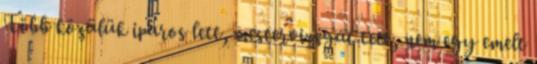
Több közülük iparos lett, mestervizsgát tett, nem egy emelt